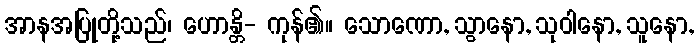
အာနအပြုတို့သည်၊ ဟောန္တိ- ကုန်၏။ သောဏော, သွာနော, သုဝါနော, သူနော,